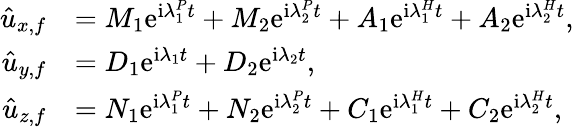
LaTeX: \begin{array}{rl}{\hat{u}_{x,f}}&{=M_{1}\mathrm{e}^{\mathrm{i}\lambda_{1}^{P}t}+M_{2}\mathrm{e}^{\mathrm{i}\lambda_{2}^{P}t}+A_{1}\mathrm{e}^{\mathrm{i}{\lambda}_{1}^{H}t}+A_{2}\mathrm{e}^{\mathrm{i}{\lambda}_{2}^{H}t},}\\ {\hat{u}_{y,f}}&{=D_{1}\mathrm{e}^{\mathrm{i}\lambda_{1}t}+D_{2}\mathrm{e}^{\mathrm{i}\lambda_{2}t},}\\ {\hat{u}_{z,f}}&{=N_{1}\mathrm{e}^{\mathrm{i}\lambda_{1}^{P}t}+N_{2}\mathrm{e}^{\mathrm{i}\lambda_{2}^{P}t}+C_{1}\mathrm{e}^{\mathrm{i}{\lambda}_{1}^{H}t}+C_{2}\mathrm{e}^{\mathrm{i}{\lambda}_{2}^{H}t},}\end{array}